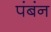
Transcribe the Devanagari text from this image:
पंबंन